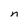
Character: n